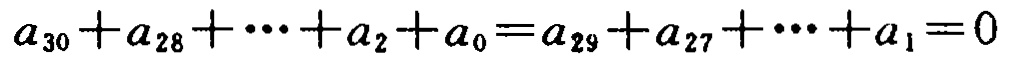
\(a_{30}+a_{28}+\cdots +a_{2}+a_{0}=a_{29}+a_{27}+\cdots +a_{1}=0\)